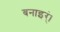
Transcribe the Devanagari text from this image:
बनाइर्ं।